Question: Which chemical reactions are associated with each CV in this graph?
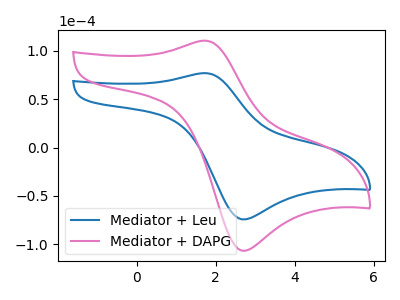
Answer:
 <answer>The blue curve is labeled "Mediator + Leu". The pink curve is labeled "Mediator + DAPG".</answer>
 <eval></eval>